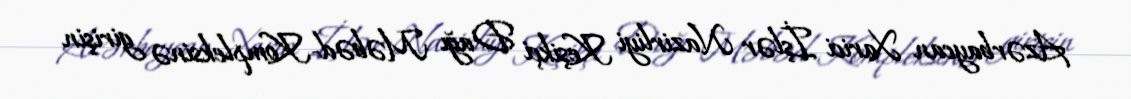
Azərbaycan Xarici İşlər Nazirliyi Keşikçi Dağı Məbəd-Kompleksinə girişin